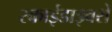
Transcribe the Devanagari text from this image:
स्काईडाइवरों